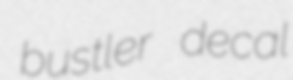
bustler decal